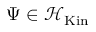
\Psi \in { \mathcal { H } } _ { \mathrm { K i n } }